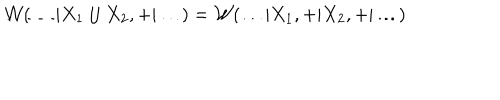
LaTeX: { \cal W } ( \ldots | X _ { 1 } \cup X _ { 2 } , + | \ldots ) = { \cal W } ( \ldots | X _ { 1 } , + | X _ { 2 } , + | \ldots )